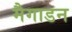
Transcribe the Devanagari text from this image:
मैगाडन